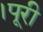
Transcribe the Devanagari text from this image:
।पूरी